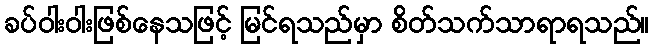
ခပ်ဝါးဝါးဖြစ်နေသဖြင့် မြင်ရသည်မှာ စိတ်သက်သာရာရသည်။